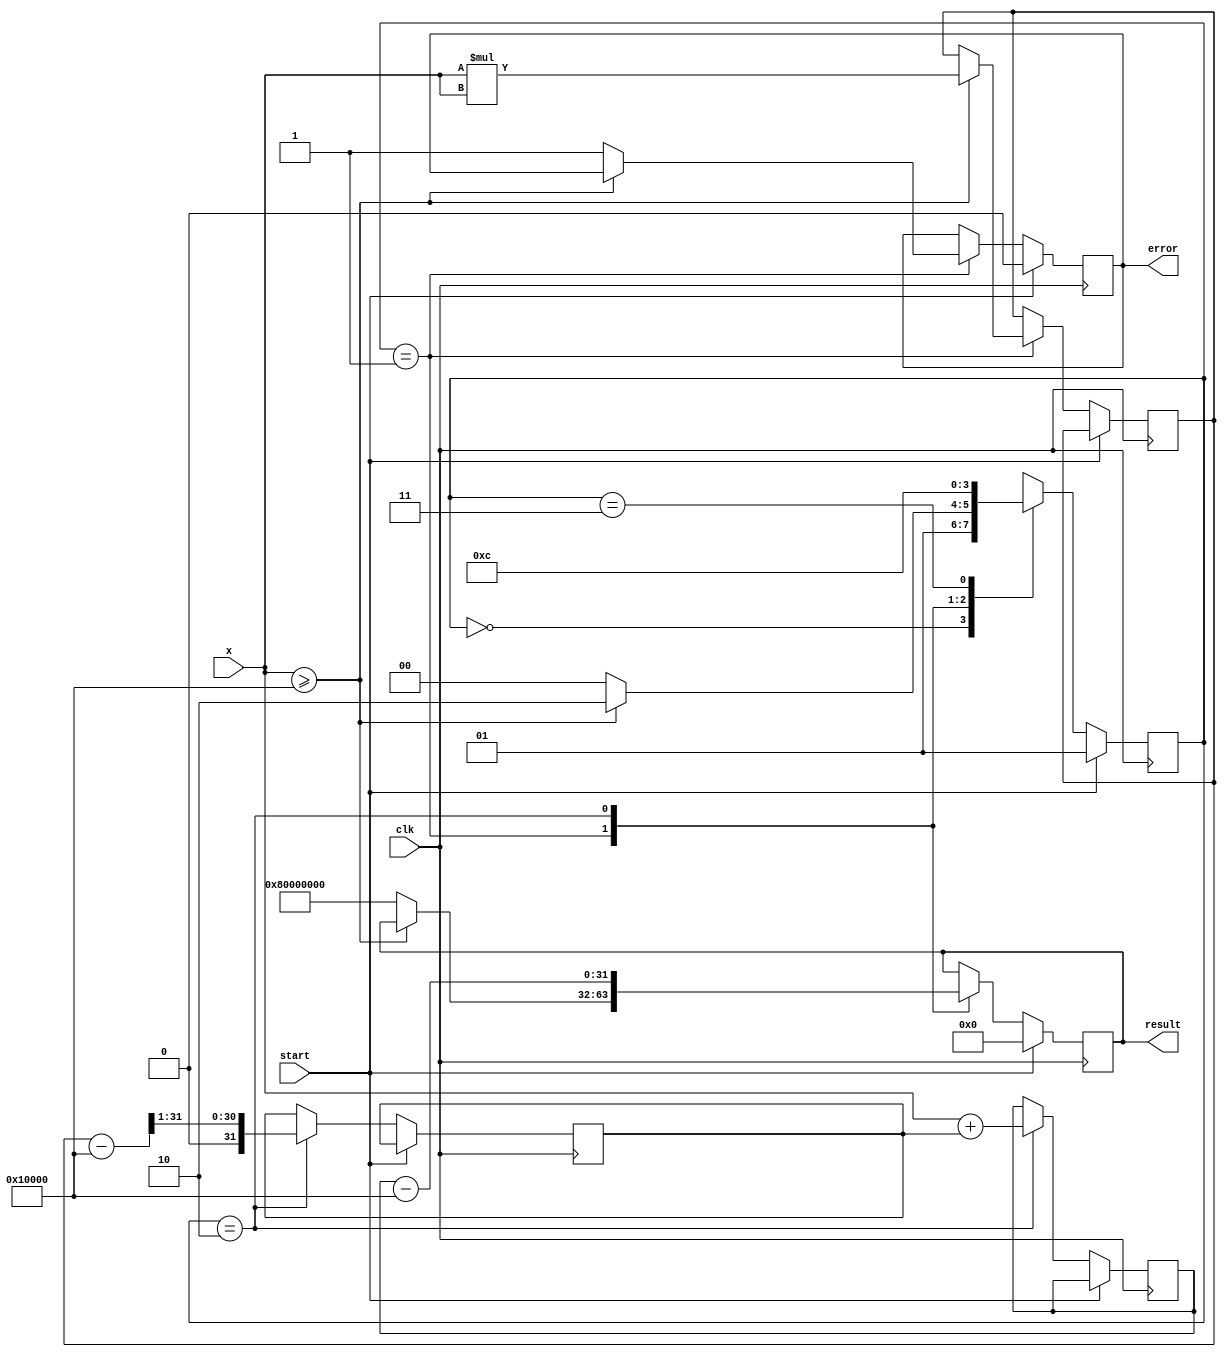
module acosh (
    input wire [31:0] x,        // Input value (fixed-point representation)
    output reg [31:0] result,   // Output result (fixed-point representation)
    output reg error,           // Error flag: 1 if input < 1, else 0
    input wire clk,             // Clock signal
    input wire start            // Start signal for computation
);

    // Parameters for fixed-point representation
    parameter WIDTH = 32;       // Total width of fixed-point number
    parameter FRAC_WIDTH = 16;  // Number of fractional bits

    // Internal signals
    reg [WIDTH-1:0] x_squared;
    reg [WIDTH-1:0] sqrt_term;
    reg [WIDTH-1:0] log_input;
    reg [1:0] state;            // State variable for FSM

    // FSM states
    localparam IDLE       = 2'b00;
    localparam CHECK      = 2'b01;
    localparam CALCULATE  = 2'b10;
    localparam OUTPUT      = 2'b11;

    // Simple sqrt and ln approximations (iterative; for educational purposes)
    function [WIDTH-1:0] sqrt(input [WIDTH-1:0] x);
        // Implement a simple iterative method or approximation for sqrt
        // Placeholder for logic; should replace with actual implementation.
        sqrt = x >> 1; // Example: naive right shift for simplicity
    endfunction
    
    function [WIDTH-1:0] ln(input [WIDTH-1:0] x);
        // Implement a simple iterative method or approximation for ln
        // Placeholder for logic; should replace with actual implementation.
        ln = (x - (1 << FRAC_WIDTH)); // Example: naive approximation
    endfunction

    // State machine for computation
    always @(posedge clk) begin
        if (start) begin
            state <= CHECK; // Start state
            error <= 0;     // Reset error
            result <= 0;    // Reset result
        end
        else begin
            case (state)
                IDLE: state <= CHECK;
                
                CHECK: begin
                    if (x >= (1 << FRAC_WIDTH)) begin
                        x_squared <= x * x; // x^2 computation
                        state <= CALCULATE;
                    end
                    else begin
                        error <= 1; // Set error if x < 1
                        result <= {1'b1, {WIDTH-1{1'b0}}}; // NaN representation (example)
                        state <= IDLE;
                    end
                end

                CALCULATE: begin
                    sqrt_term <= sqrt(x_squared - (1 << FRAC_WIDTH)); // Calculate sqrt(x^2 - 1)
                    log_input <= x + sqrt_term; // x + sqrt(x^2 - 1)
                    result <= ln(log_input); // Compute ln(x + sqrt(x^2 - 1))
                    state <= OUTPUT;
                end

                OUTPUT: begin
                    state <= IDLE; // Move back to idle
                end
            endcase
        end
    end
endmodule